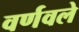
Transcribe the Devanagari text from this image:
वर्णवले